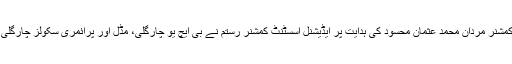
25 اپریل2018ء) ڈپٹی کمشنر مردان محمد عثمان محسود کی ہدایت پر ایڈیشنل اسسٹنٹ کمشنر رستم نے بی ایچ یو چارگلی، مڈل اور پرائمری سکولز چارگلی کے اچانک معائنہ کئے ۔